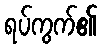
ရပ်ကွက်၏